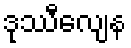
ဒုဿီလျေန